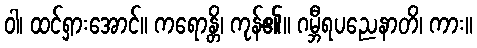
ဝါ၊ ထင်ရှားအောင်။ ကရောန္တိ၊ ကုန်၏။ ဂမ္ဘီရပညေနာတိ၊ ကား။